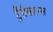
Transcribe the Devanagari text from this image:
ट्रैंसैक्शन्स